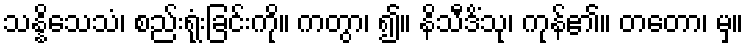
သန္နိသေသံ၊ စည်းရုံးခြင်းကို။ ကတွာ၊ ၍။ နိသီဒိံသု၊ ကုန်၏။ တတော၊ မှ။